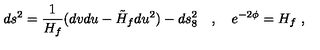
d s ^ { 2 } = \frac { 1 } { H _ { f } } ( d v d u - \tilde { H } _ { f } d u ^ { 2 } ) - d s _ { 8 } ^ { 2 } \quad , \quad e ^ { - 2 \phi } = H _ { f } \ ,